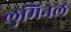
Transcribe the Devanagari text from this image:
लुमिनल